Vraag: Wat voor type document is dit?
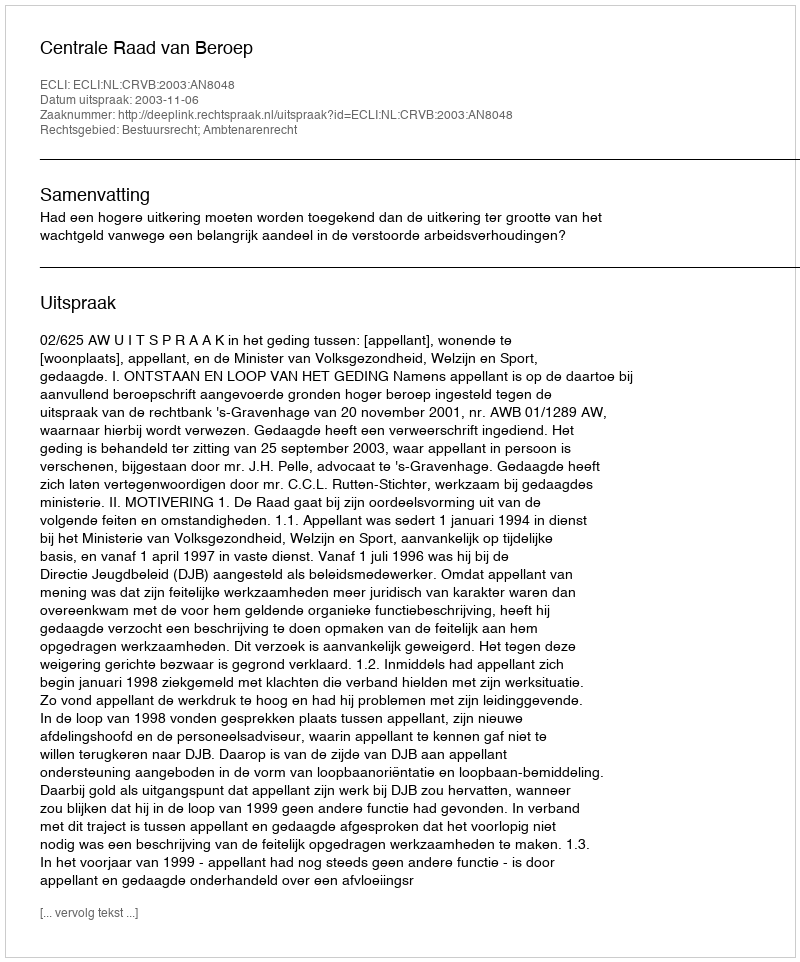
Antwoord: Uitspraak